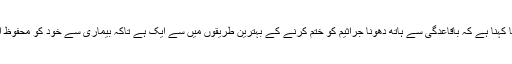
بیماری کے کنٹرول اور روک تھام کے وفاقی مراکز کا کہنا ہے کہ باقاعدگی سے ہاتھ دھونا جراثیم کو ختم کرنے کے بہترین طریقوں میں سے ایک ہے تاکہ بیماری سے خود کو محفوظ اوراور دوسروں تک جراثیم کے پھیلاﺅکوروکا جاسکے۔